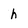
Character: h